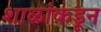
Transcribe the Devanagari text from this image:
शाळांकडून